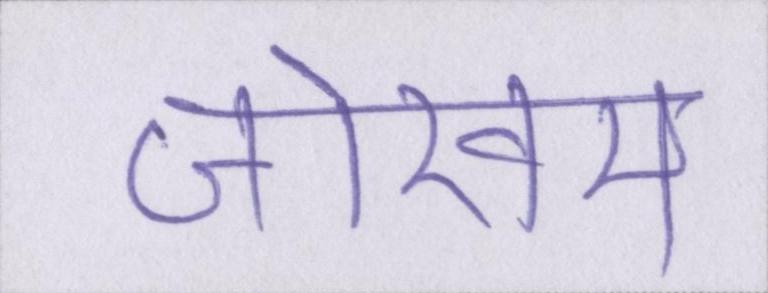
जोखम